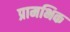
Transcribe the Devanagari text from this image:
प्रामभिक